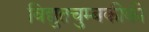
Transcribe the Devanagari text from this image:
विद्युतचुम्बकीकी